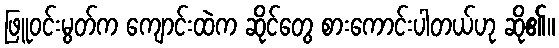
ဖြူဝင်းမွတ်က ကျောင်းထဲက ဆိုင်တွေ စားကောင်းပါတယ်ဟု ဆို၏။